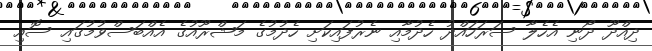
ދިއްދޫ ދޯނި އެހެލާ ސަރަހައްދު ހެދުމާއި ނެރުފައިކަށި ހެދުމުގެ މަޝްރޫއުގެ އެއްބަސްވުމުގައި ސޮއި